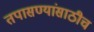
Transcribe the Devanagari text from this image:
तपासण्यांसाठीच